Annual report of the Punjab Veterinary College and of the Civil Veterinary Department, Punjab - 1926-1932
Year: 1926
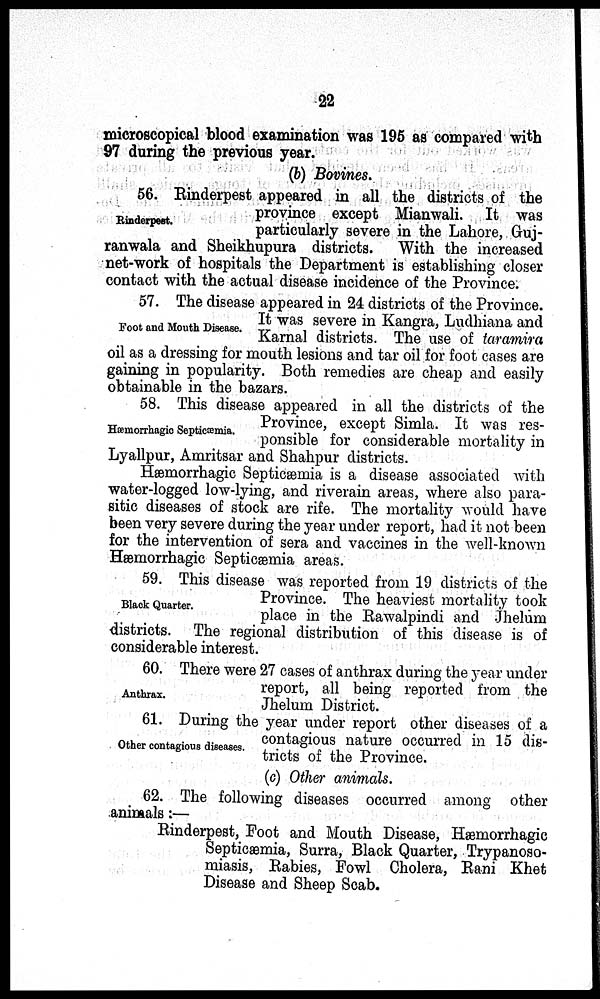
22
microscopical blood examination was 195 as compared with
97 during the previous year.
(b) Bovines.
Rinderpest.
56. Rinderpest appeared in all the districts of the
province except Mianwali. It was
particularly severe in the Lahore, Guj-
ranwala and Sheikhupura districts. With the increased
net-work of hospitals the Department is establishing closer
contact with the actual disease incidence of the Province.
Foot and Mouth Disease.
57. The disease appeared in 24 districts of the Province.
It was severe in Kangra, Ludhiana and
Karnal districts. The use of taramira
oil as a dressing for mouth lesions and tar oil for foot cases are
gaining in popularity. Both remedies are cheap and easily
obtainable in the bazars.
Hæmorrhagic Septicæmia.
58. This disease appeared in all the districts of the
Province, except Simla. It was res-
ponsible for considerable mortality in
Lyallpur, Amritsar and Shahpur districts.
Hæmorrhagic Septicæmia is a disease associated with
water-logged low-lying, and riverain areas, where also para-
sitic diseases of stock are rife. The mortality would have
been very severe during the year under report, had it not been
for the intervention of sera and vaccines in the well-known
Hæmorrhagic Septicæmia areas.
Black Quarter.
59. This disease was reported from 19 districts of the
Province. The heaviest mortality took
place in the Rawalpindi and Jhelum
districts. The regional distribution of this disease is of
considerable interest.
Anthrax.
60. There were 27 cases of anthrax during the year under
report, all being reported from the
Jhelum District.
Other contagious diseases.
61. During the year under report other diseases of a
contagious nature occurred in 15 dis-
tricts of the Province.
(c) Other animals.
62. The following diseases occurred among other
animals :—
Rinderpest, Foot and Mouth Disease, Hæmorrhagic
Septicæmia, Surra, Black Quarter, Trypanoso-
miasis, Rabies, Fowl Cholera, Rani Khet
Disease and Sheep Scab.